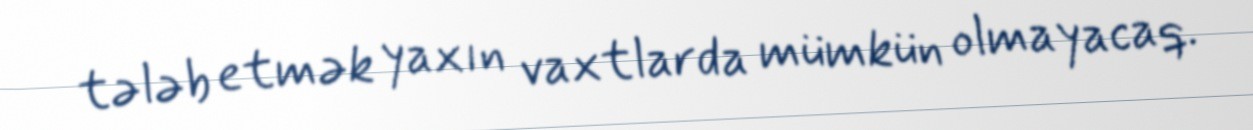
tələb etmək yaxın vaxtlarda mümkün olmayacaq.